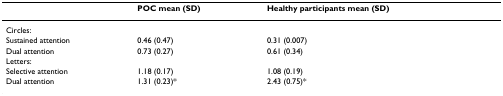
|  | POC mean (SD) | Healthy participants mean (SD) |
 | --- | --- | --- |
 | Circles: |  |  |
 | Sustained attention | 0.46 (0.47) | 0.31 (0.007) |
 | Dual attention | 0.73 (0.27) | 0.61 (0.34) |
 | Letters: |  |  |
 | Selective attention | 1.18 (0.17) | 1.08 (0.19) |
 | Dual attention | 1.31 (0.23)* | 2.43 (0.75)* |